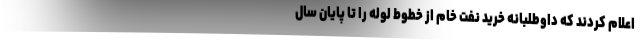
اعلام کردند که داوطلبانه خرید نفت خام از خطوط لوله را تا پایان سال